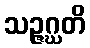
သဉ္ဇဂ္ဃတိ